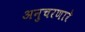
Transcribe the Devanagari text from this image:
अनुचरणारे